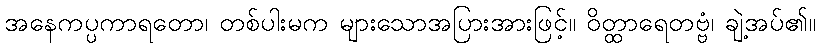
အနေကပ္ပကာရတော၊ တစ်ပါးမက များသောအပြားအားဖြင့်။ ဝိတ္ထာရေတဗ္ဗံ၊ ချဲ့အပ်၏။